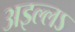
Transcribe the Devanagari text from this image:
अइल्लऽ